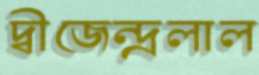
দ্বীজেন্দ্রলাল